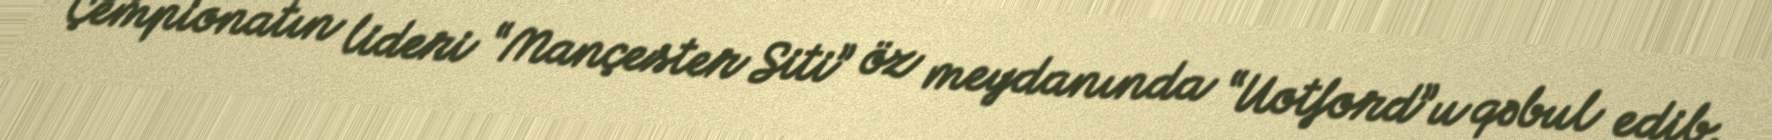
Çempionatın lideri “Mançester Siti” öz meydanında “Uotford”u qəbul edib.